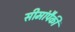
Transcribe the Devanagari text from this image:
सीमांपैकी